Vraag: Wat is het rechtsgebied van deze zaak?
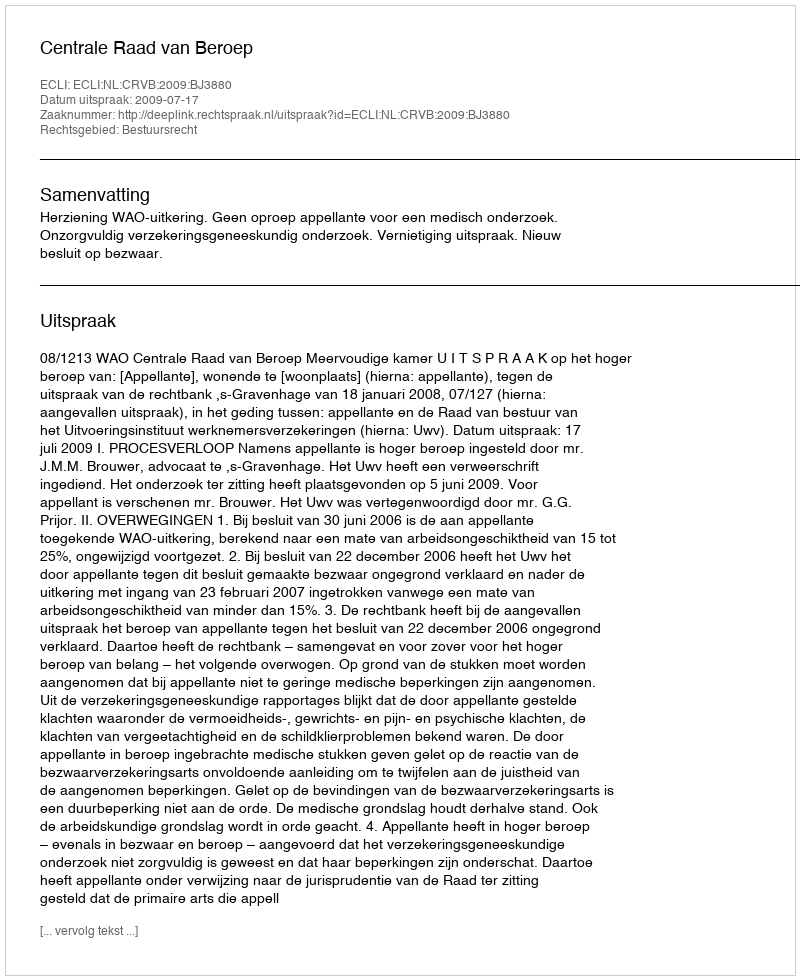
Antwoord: Bestuursrecht